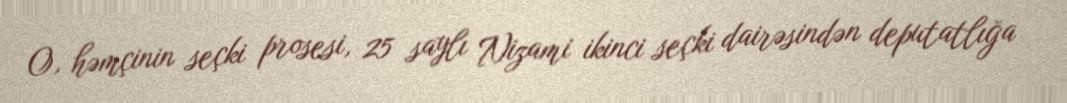
O, həmçinin seçki prosesi, 25 saylı Nizami ikinci seçki dairəsindən deputatlığa